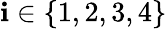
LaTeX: \mathbf{i}\in\{ 1,2,3,4\}